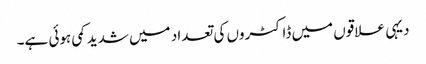
دیہی علاقوں میں ڈاکٹروں کی تعداد میں شدید کمی ہوئی ہے۔